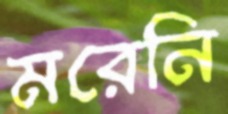
মরেনি